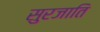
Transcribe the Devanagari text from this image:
सुरजाति